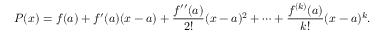
P ( x ) = f ( a ) + f ^ { \prime } ( a ) ( x - a ) + { \frac { f ^ { \prime \prime } ( a ) } { 2 ! } } ( x - a ) ^ { 2 } + \cdots + { \frac { f ^ { ( k ) } ( a ) } { k ! } } ( x - a ) ^ { k } .